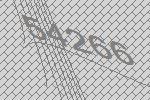
54266